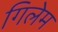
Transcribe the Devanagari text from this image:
गिलेम